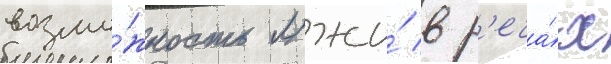
возмо́жность лжи́ в р'еча́х